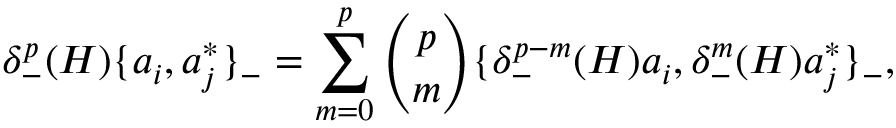
\delta _ { - } ^ { p } ( H ) \{ a _ { i } , a _ { j } ^ { * } \} _ { - } = \sum _ { m = 0 } ^ { p } { \binom { p } { m } } \{ \delta _ { - } ^ { p - m } ( H ) a _ { i } , \delta _ { - } ^ { m } ( H ) a _ { j } ^ { * } \} _ { - } ,